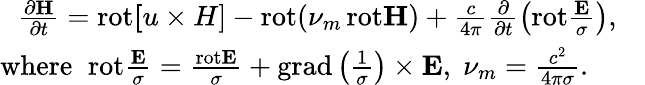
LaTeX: \begin{array}{r}{\frac{\partial{\mathbf H}}{\partial t}=\mathrm{rot}{\mathbf[u\times H]}-\mathrm{rot}(\nu_{m}\, \mathrm{rot}{\mathbf H})+\frac{c}{4\pi}\frac{\partial}{\partial t}\left(\mathrm{rot}\frac{{\mathbf E}}{\sigma}\right),\quad}\\ {{{\mathrm{where}}}\; \; \mathrm{rot}\frac{{\mathbf E}}{\sigma}=\frac{\mathrm{rot}{\mathbf E}}{\sigma}+\mathrm{grad}\left(\frac{1}{\sigma}\right)\times{\mathbf E},\; \nu_{m}=\frac{c^{2}}{4\pi\sigma}.\qquad}\end{array}